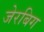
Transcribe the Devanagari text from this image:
जेरबिग